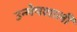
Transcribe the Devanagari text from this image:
उन्मेषशाली